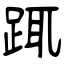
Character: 踂